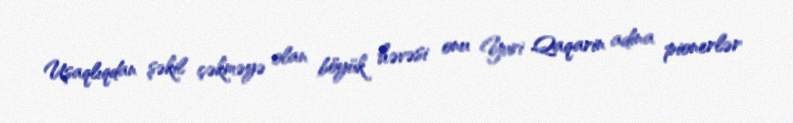
Uşaqlıqdan şəkil çəkməyə olan böyük həvəsi onu Yuri Qaqarin adina pionerlər